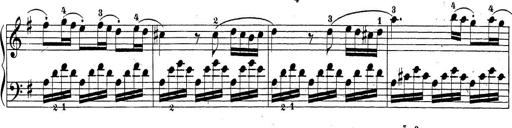
Title: Sonatina Album
Composer: Louis KÃ¶hler